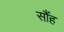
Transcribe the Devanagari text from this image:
सौंह